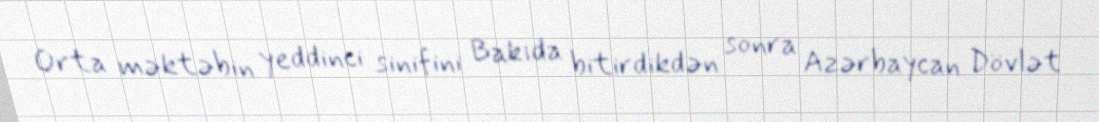
Orta məktəbin yeddinci sinifini Bakıda bitirdikdən sonra Azərbaycan Dövlət